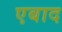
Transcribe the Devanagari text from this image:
एबाद